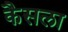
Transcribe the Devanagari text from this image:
कैसला